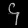
Digit: ၄